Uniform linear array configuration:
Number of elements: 4
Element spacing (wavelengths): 0.75
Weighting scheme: cosine
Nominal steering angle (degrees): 0
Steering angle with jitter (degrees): -0.8332
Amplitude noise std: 0.05
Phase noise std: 0.05

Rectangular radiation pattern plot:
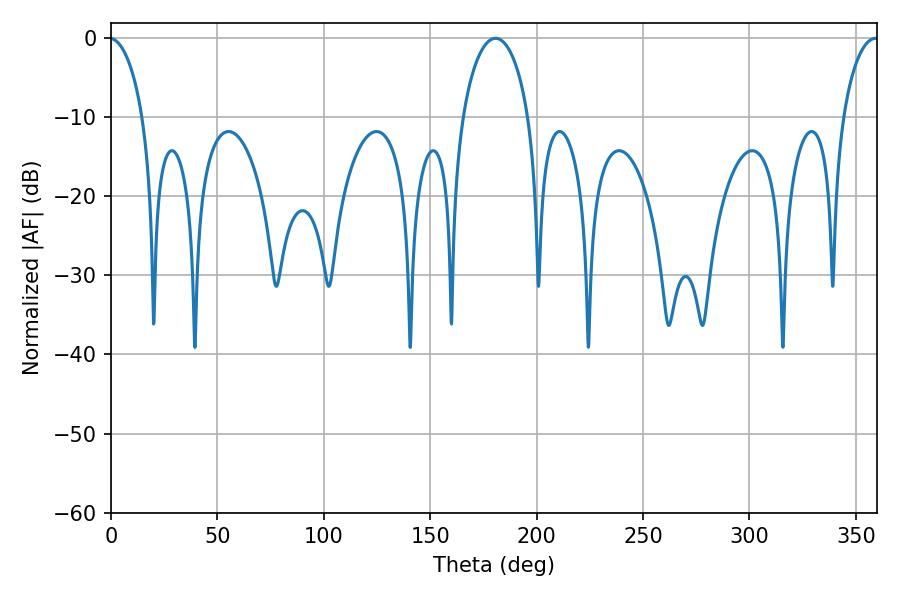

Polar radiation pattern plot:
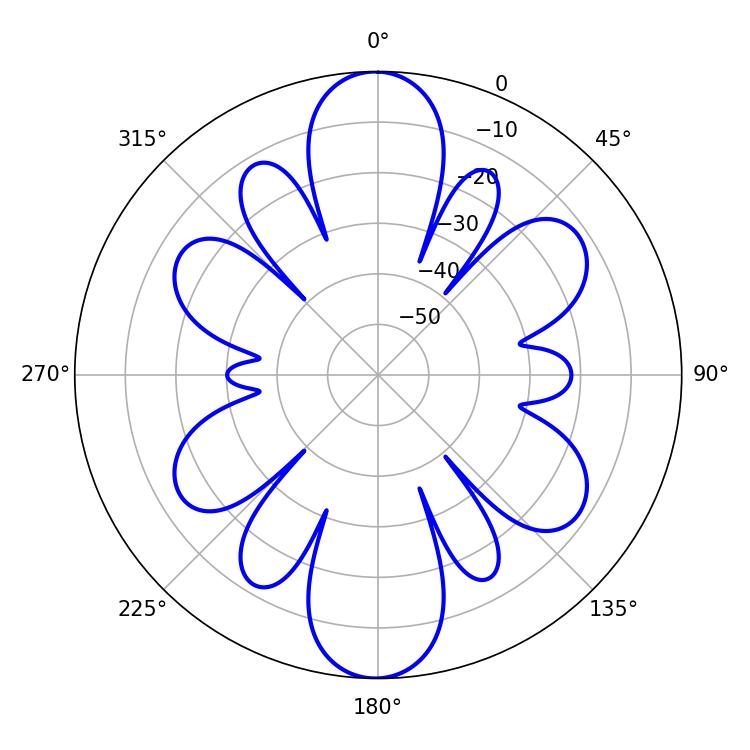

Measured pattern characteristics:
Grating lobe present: TRUE
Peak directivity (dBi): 31.555
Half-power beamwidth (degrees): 17.82
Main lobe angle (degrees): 180.72